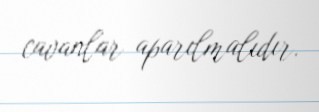
cavanlar aparılmalıdır.